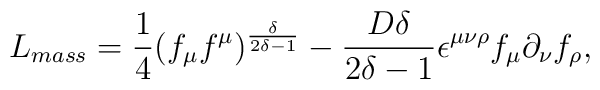
L_{mass}=\frac{1}{4} (f_{\mu} f^{\mu} )^{\frac{\delta }{2 \delta -1}} -\frac{D \delta }{2\delta -1}\epsilon^{\mu \nu \rho } f_{\mu } \partial_{\nu } f_{\rho },